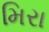
મિરા